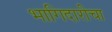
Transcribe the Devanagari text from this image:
भागिदारीचा